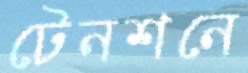
টেনশনে